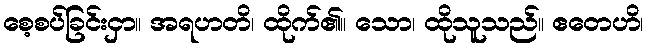
စေ့စပ်ခြင်းငှာ။ အရဟတိ၊ ထိုက်၏။ သော၊ ထိုသူသည်။ ဧတေဟိ၊